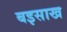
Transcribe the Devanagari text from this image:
बइसाख